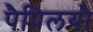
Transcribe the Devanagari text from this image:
पैपिलयो